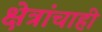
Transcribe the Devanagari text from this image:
क्षेत्रांचाही